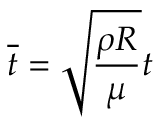
\overline { t } = \sqrt { \frac { \rho R } { \mu } } t